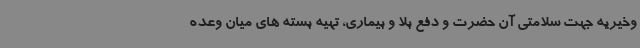
وخیریه جهت سلامتی آن حضرت و دفع بلا و بیماری، تهیه بسته های میان وعده